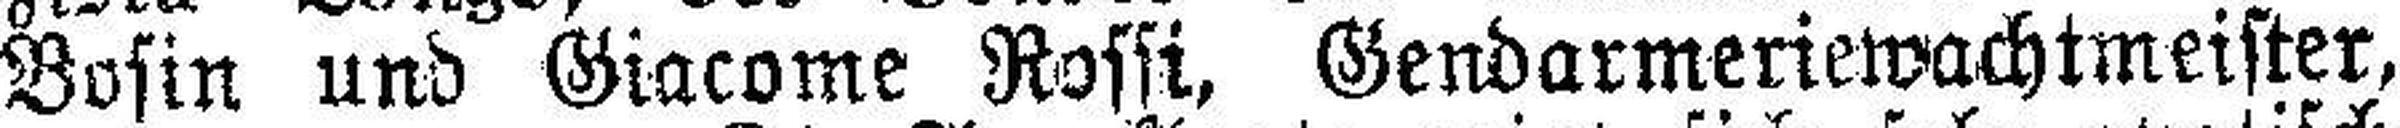
Bosin und Giacome Rossi, Gendarmeriewachtmeister,